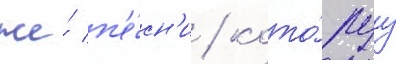
же́ п'е́сн'и / кото́руу